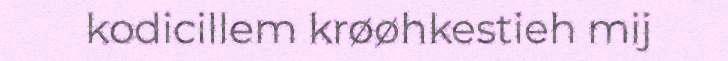
kodicillem krøøhkestieh mij